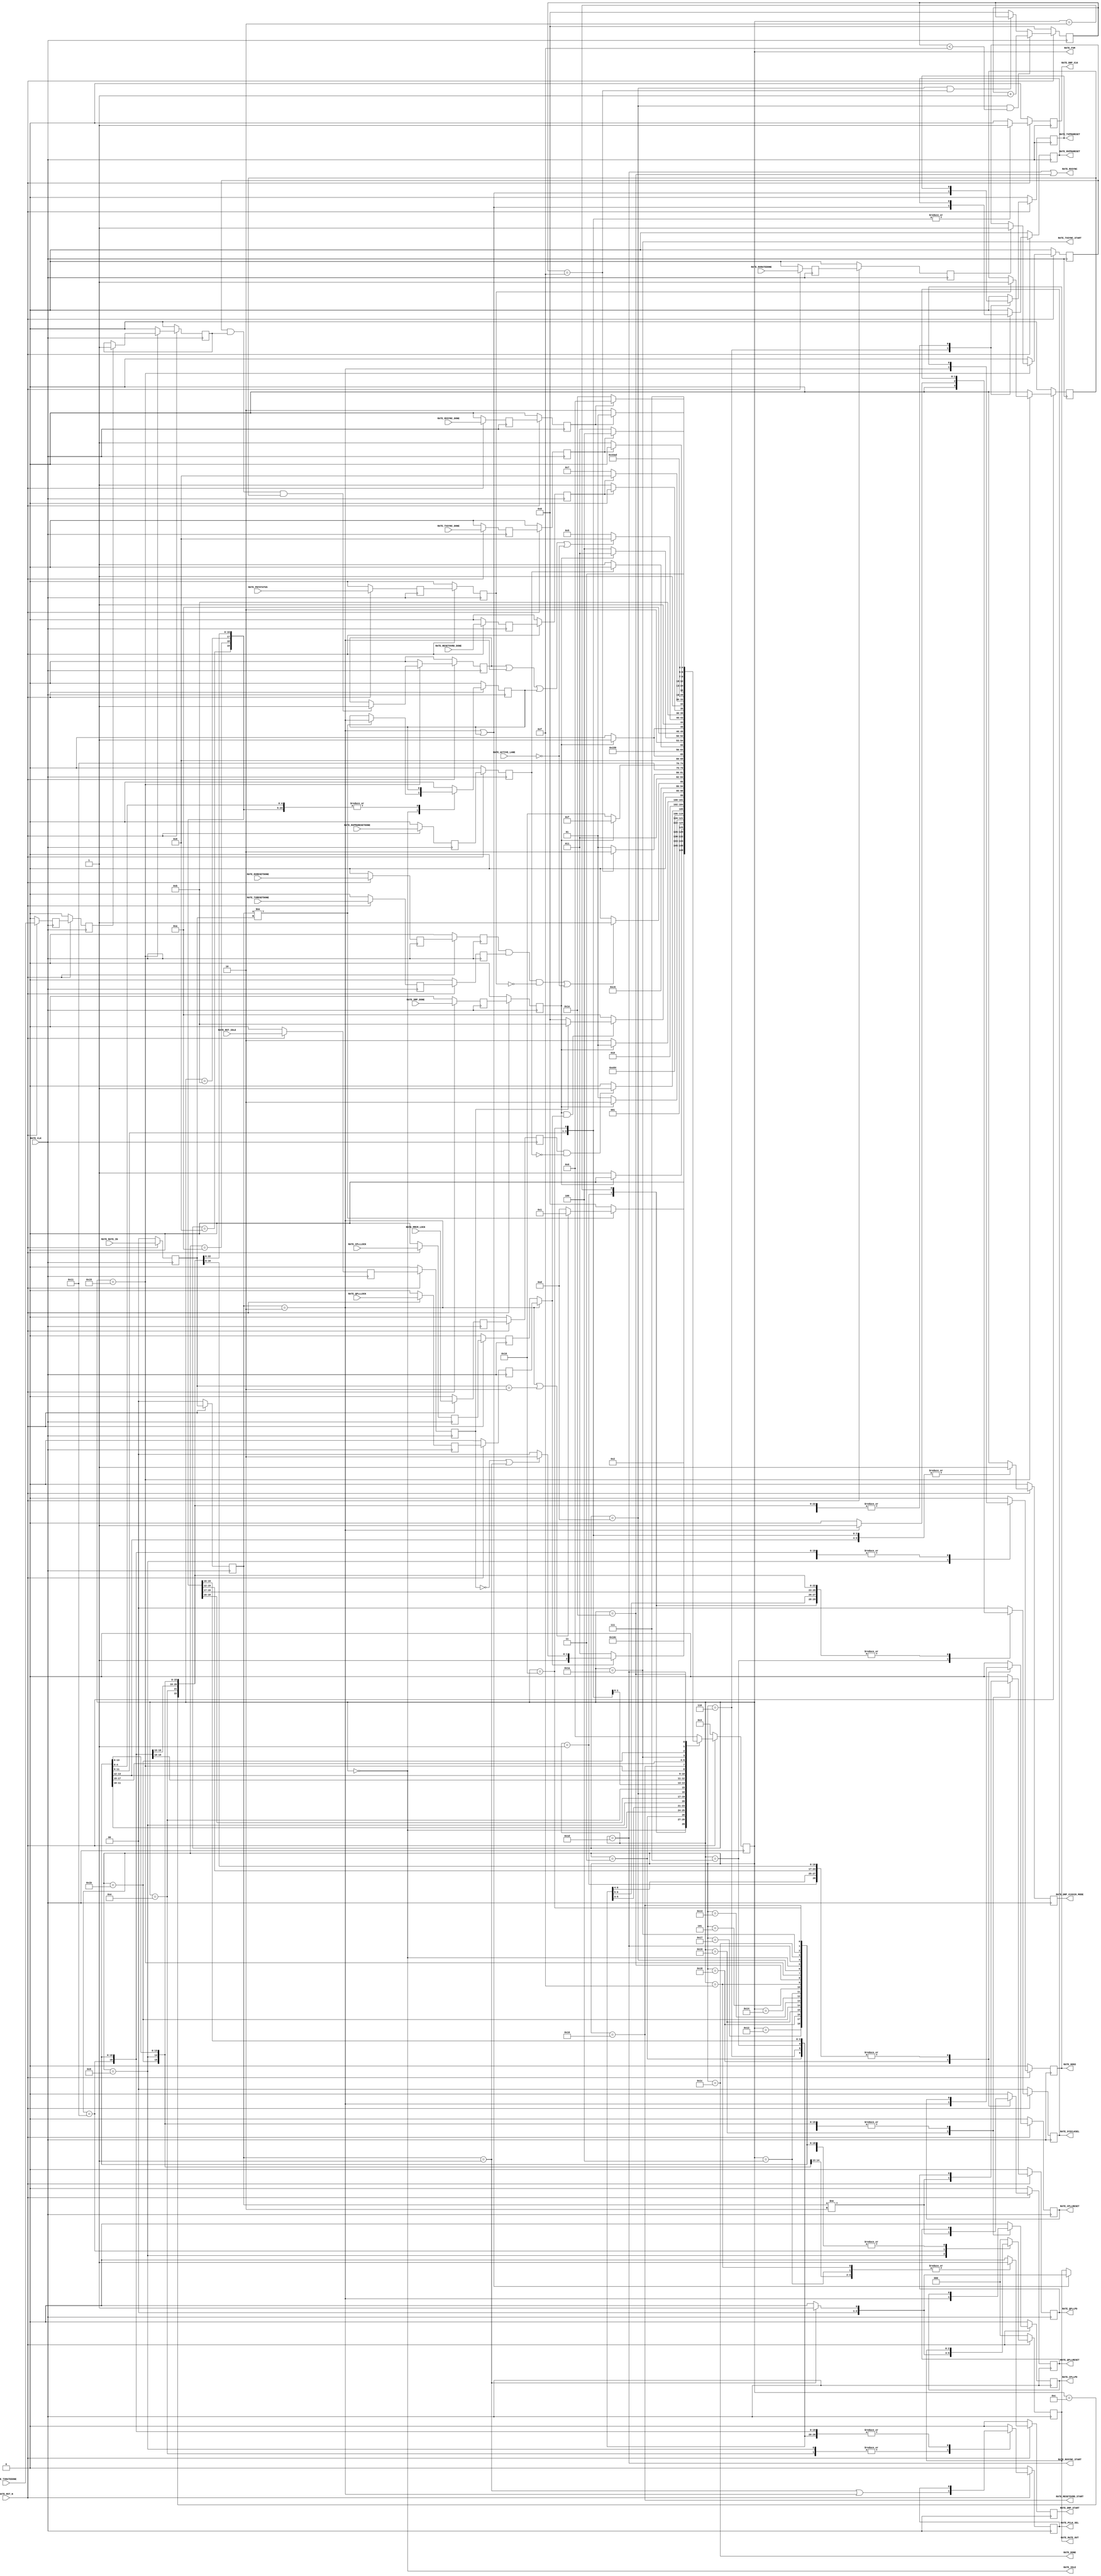

//-----------------------------------------------------------------------------
//
// (c) Copyright 2020-2024 Advanced Micro Devices, Inc. All rights reserved.
//
// This file contains confidential and proprietary information
// of AMD and is protected under U.S. and
// international copyright and other intellectual property
// laws.
//
// DISCLAIMER
// This disclaimer is not a license and does not grant any
// rights to the materials distributed herewith. Except as
// otherwise provided in a valid license issued to you by
// AMD, and to the maximum extent permitted by applicable
// law: (1) THESE MATERIALS ARE MADE AVAILABLE "AS IS" AND
// WITH ALL FAULTS, AND AMD HEREBY DISCLAIMS ALL WARRANTIES
// AND CONDITIONS, EXPRESS, IMPLIED, OR STATUTORY, INCLUDING
// BUT NOT LIMITED TO WARRANTIES OF MERCHANTABILITY, NON-
// INFRINGEMENT, OR FITNESS FOR ANY PARTICULAR PURPOSE; and
// (2) AMD shall not be liable (whether in contract or tort,
// including negligence, or under any other theory of
// liability) for any loss or damage of any kind or nature
// related to, arising under or in connection with these
// materials, including for any direct, or any indirect,
// special, incidental, or consequential loss or damage
// (including loss of data, profits, goodwill, or any type of
// loss or damage suffered as a result of any action brought
// by a third party) even if such damage or loss was
// reasonably foreseeable or AMD had been advised of the
// possibility of the same.
//
// CRITICAL APPLICATIONS
// AMD products are not designed or intended to be fail-
// safe, or for use in any application requiring fail-safe
// performance, such as life-support or safety devices or
// systems, Class III medical devices, nuclear facilities,
// applications related to the deployment of airbags, or any
// other applications that could lead to death, personal
// injury, or severe property or environmental damage
// (individually and collectively, "Critical
// Applications"). Customer assumes the sole risk and
// liability of any use of AMD products in Critical
// Applications, subject only to applicable laws and
// regulations governing limitations on product liability.
//
// THIS COPYRIGHT NOTICE AND DISCLAIMER MUST BE RETAINED AS
// PART OF THIS FILE AT ALL TIMES.
//
//-----------------------------------------------------------------------------
// Project    : Series-7 Integrated Block for PCI Express
// Version    : 3.3
//------------------------------------------------------------------------------
//  Description  :  PIPE Rate Module for 7 Series Transceiver
//  Version      :  20.1
//------------------------------------------------------------------------------



`timescale 1ns / 1ps



//---------- PIPE Rate Module --------------------------------------------------
(* DowngradeIPIdentifiedWarnings = "yes" *)
module pcie_7x_0_pipe_rate #
(

    parameter PCIE_SIM_SPEEDUP  = "FALSE",                  // PCIe sim speedup
    parameter PCIE_GT_DEVICE    = "GTX",                    // PCIe GT device
    parameter PCIE_USE_MODE     = "3.0",                    // PCIe use mode
    parameter PCIE_PLL_SEL      = "CPLL",                   // PCIe PLL select for Gen1/Gen2 only
    parameter PCIE_POWER_SAVING = "TRUE",                   // PCIe power saving
    parameter PCIE_ASYNC_EN     = "FALSE",                  // PCIe async enable
    parameter PCIE_TXBUF_EN     = "FALSE",                  // PCIe TX buffer enable for Gen1/Gen2 only
    parameter PCIE_RXBUF_EN     = "TRUE",                   // PCIe RX buffer enable for Gen3      only
    parameter TXDATA_WAIT_MAX   = 4'd15                     // TXDATA wait max

)

(

    //---------- Input -------------------------------------
    input               RATE_CLK,
    input               RATE_RST_N,
    input               RATE_RST_IDLE,
    input               RATE_ACTIVE_LANE,
    input       [ 1:0]  RATE_RATE_IN,
    input               RATE_CPLLLOCK,
    input               RATE_QPLLLOCK,
    input               RATE_MMCM_LOCK,
    input               RATE_DRP_DONE,
    input               RATE_RXPMARESETDONE,
    input               RATE_TXRESETDONE,
    input               RATE_RXRESETDONE,
    input               RATE_TXRATEDONE,
    input               RATE_RXRATEDONE,
    input               RATE_PHYSTATUS,
    input               RATE_RESETOVRD_DONE,
    input               RATE_TXSYNC_DONE,
    input               RATE_RXSYNC_DONE,
    
    //---------- Output ------------------------------------
    output              RATE_CPLLPD,
    output              RATE_QPLLPD,
    output              RATE_CPLLRESET,
    output              RATE_QPLLRESET,
    output              RATE_TXPMARESET,
    output              RATE_RXPMARESET,
    output              RATE_DRP_START,
    output      [ 1:0]  RATE_SYSCLKSEL,
    output              RATE_PCLK_SEL,
    output              RATE_GEN3,
    output              RATE_DRP_X16X20_MODE,
    output              RATE_DRP_X16,
    output      [ 2:0]  RATE_RATE_OUT,
    output              RATE_RESETOVRD_START,
    output              RATE_TXSYNC_START,
    output              RATE_DONE,
    output              RATE_RXSYNC_START,
    output              RATE_RXSYNC,
    output              RATE_IDLE,
    output      [ 4:0]  RATE_FSM

);

    //---------- Input FF or Buffer ------------------------
(* ASYNC_REG = "TRUE", SHIFT_EXTRACT = "NO" *)    reg                 rst_idle_reg1;
(* ASYNC_REG = "TRUE", SHIFT_EXTRACT = "NO" *)    reg         [ 1:0]  rate_in_reg1;
(* ASYNC_REG = "TRUE", SHIFT_EXTRACT = "NO" *)    reg                 cplllock_reg1;
(* ASYNC_REG = "TRUE", SHIFT_EXTRACT = "NO" *)    reg                 qplllock_reg1;
(* ASYNC_REG = "TRUE", SHIFT_EXTRACT = "NO" *)    reg                 mmcm_lock_reg1;
(* ASYNC_REG = "TRUE", SHIFT_EXTRACT = "NO" *)    reg                 drp_done_reg1;
(* ASYNC_REG = "TRUE", SHIFT_EXTRACT = "NO" *)    reg                 rxpmaresetdone_reg1;
(* ASYNC_REG = "TRUE", SHIFT_EXTRACT = "NO" *)    reg                 txresetdone_reg1;
(* ASYNC_REG = "TRUE", SHIFT_EXTRACT = "NO" *)    reg                 rxresetdone_reg1;
(* ASYNC_REG = "TRUE", SHIFT_EXTRACT = "NO" *)    reg                 txratedone_reg1;
(* ASYNC_REG = "TRUE", SHIFT_EXTRACT = "NO" *)    reg                 rxratedone_reg1;
(* ASYNC_REG = "TRUE", SHIFT_EXTRACT = "NO" *)    reg                 phystatus_reg1;
(* ASYNC_REG = "TRUE", SHIFT_EXTRACT = "NO" *)    reg                 resetovrd_done_reg1;
(* ASYNC_REG = "TRUE", SHIFT_EXTRACT = "NO" *)    reg                 txsync_done_reg1;
(* ASYNC_REG = "TRUE", SHIFT_EXTRACT = "NO" *)    reg                 rxsync_done_reg1;
    
(* ASYNC_REG = "TRUE", SHIFT_EXTRACT = "NO" *)    reg                 rst_idle_reg2;
(* ASYNC_REG = "TRUE", SHIFT_EXTRACT = "NO" *)    reg         [ 1:0]  rate_in_reg2;
(* ASYNC_REG = "TRUE", SHIFT_EXTRACT = "NO" *)    reg                 cplllock_reg2;
(* ASYNC_REG = "TRUE", SHIFT_EXTRACT = "NO" *)    reg                 qplllock_reg2;
(* ASYNC_REG = "TRUE", SHIFT_EXTRACT = "NO" *)    reg                 mmcm_lock_reg2;
(* ASYNC_REG = "TRUE", SHIFT_EXTRACT = "NO" *)    reg                 drp_done_reg2;
(* ASYNC_REG = "TRUE", SHIFT_EXTRACT = "NO" *)    reg                 rxpmaresetdone_reg2;
(* ASYNC_REG = "TRUE", SHIFT_EXTRACT = "NO" *)    reg                 txresetdone_reg2;
(* ASYNC_REG = "TRUE", SHIFT_EXTRACT = "NO" *)    reg                 rxresetdone_reg2;
(* ASYNC_REG = "TRUE", SHIFT_EXTRACT = "NO" *)    reg                 txratedone_reg2;
(* ASYNC_REG = "TRUE", SHIFT_EXTRACT = "NO" *)    reg                 rxratedone_reg2;
(* ASYNC_REG = "TRUE", SHIFT_EXTRACT = "NO" *)    reg                 phystatus_reg2;
(* ASYNC_REG = "TRUE", SHIFT_EXTRACT = "NO" *)    reg                 resetovrd_done_reg2;
(* ASYNC_REG = "TRUE", SHIFT_EXTRACT = "NO" *)    reg                 txsync_done_reg2;
(* ASYNC_REG = "TRUE", SHIFT_EXTRACT = "NO" *)    reg                 rxsync_done_reg2;
    
    //---------- Internal Signals --------------------------
    wire                pll_lock;
    wire        [ 2:0]  rate;
    reg         [ 3:0]  txdata_wait_cnt = 4'd0;
    reg                 txratedone      = 1'd0;
    reg                 rxratedone      = 1'd0;
    reg                 phystatus       = 1'd0;
    reg                 ratedone        = 1'd0;
    reg                 gen3_exit       = 1'd0;
    
    //---------- Output FF or Buffer -----------------------
    reg                 cpllpd     =  1'd0;
    reg                 qpllpd     =  1'd0;
    reg                 cpllreset  =  1'd0;
    reg                 qpllreset  =  1'd0;
    reg                 txpmareset =  1'd0;
    reg                 rxpmareset =  1'd0;
    reg         [ 1:0]  sysclksel  = (PCIE_PLL_SEL == "QPLL") ? 2'd1 : 2'd0;  
    reg                 gen3       =  1'd0;
    reg                 pclk_sel   =  1'd0; 
    reg         [ 2:0]  rate_out   =  3'd0; 
    reg                 drp_start       = 1'd0;
    reg                 drp_x16x20_mode = 1'd0;
    reg                 drp_x16         = 1'd0;
    reg         [4:0]   fsm             = 0;                 
   
    //---------- FSM ---------------------------------------        
    localparam          FSM_IDLE               = 0;
    localparam          FSM_PLL_PU             = 1; // Gen 3 only
    localparam          FSM_PLL_PURESET        = 2; // Gen 3 only
    localparam          FSM_PLL_LOCK           = 3; // Gen 3 or reset only
    localparam          FSM_DRP_X16_GEN3_START = 4;
    localparam          FSM_DRP_X16_GEN3_DONE  = 5;
    localparam          FSM_PMARESET_HOLD      = 6; // Gen 3 or reset only
    localparam          FSM_PLL_SEL            = 7; // Gen 3 or reset only
    localparam          FSM_MMCM_LOCK          = 8; // Gen 3 or reset only
    localparam          FSM_DRP_START          = 9; // Gen 3 or reset only
    localparam          FSM_DRP_DONE           = 10; // Gen 3 or reset only
    localparam          FSM_PMARESET_RELEASE   = 11; // Gen 3 only
    localparam          FSM_PMARESET_DONE      = 12; // Gen 3 only
    localparam          FSM_TXDATA_WAIT        = 13;
    localparam          FSM_PCLK_SEL           = 14;
    localparam          FSM_DRP_X16_START      = 15;
    localparam          FSM_DRP_X16_DONE       = 16;
    localparam          FSM_RATE_SEL           = 17;
    localparam          FSM_RXPMARESETDONE     = 18;
    localparam          FSM_DRP_X20_START      = 19;
    localparam          FSM_DRP_X20_DONE       = 20;
    localparam          FSM_RATE_DONE          = 21;
    localparam          FSM_RESETOVRD_START    = 22; // PCIe use mode 1.0 only
    localparam          FSM_RESETOVRD_DONE     = 23; // PCIe use mode 1.0 only
    localparam          FSM_PLL_PDRESET        = 24;
    localparam          FSM_PLL_PD             = 25;
    localparam          FSM_TXSYNC_START       = 26;
    localparam          FSM_TXSYNC_DONE        = 27;
    localparam          FSM_DONE               = 28; // Must sync value to pipe_user.v
    localparam          FSM_RXSYNC_START       = 29; // Gen 3 only
    localparam          FSM_RXSYNC_DONE        = 30; // Gen 3 only                                 
    
    
    
//---------- Input FF ----------------------------------------------------------
always @ (posedge RATE_CLK)
begin

    if (!RATE_RST_N)
        begin    
        //---------- 1st Stage FF -------------------------- 
        rst_idle_reg1       <= 1'd0;   
        rate_in_reg1        <= 2'd0;
        cplllock_reg1       <= 1'd0;
        qplllock_reg1       <= 1'd0;
        mmcm_lock_reg1      <= 1'd0;
        drp_done_reg1       <= 1'd0;
        rxpmaresetdone_reg1 <= 1'd0;
        txresetdone_reg1    <= 1'd0;
        rxresetdone_reg1    <= 1'd0;
        txratedone_reg1     <= 1'd0;
        rxratedone_reg1     <= 1'd0;
        phystatus_reg1      <= 1'd0;
        resetovrd_done_reg1 <= 1'd0; 
        txsync_done_reg1    <= 1'd0;
        rxsync_done_reg1    <= 1'd0;
        //---------- 2nd Stage FF --------------------------
        rst_idle_reg2       <= 1'd0;
        rate_in_reg2        <= 2'd0;
        cplllock_reg2       <= 1'd0;
        qplllock_reg2       <= 1'd0;
        mmcm_lock_reg2      <= 1'd0;
        drp_done_reg2       <= 1'd0;
        rxpmaresetdone_reg2 <= 1'd0;
        txresetdone_reg2    <= 1'd0;
        rxresetdone_reg2    <= 1'd0;
        txratedone_reg2     <= 1'd0;
        rxratedone_reg2     <= 1'd0;
        phystatus_reg2      <= 1'd0;
        resetovrd_done_reg2 <= 1'd0;
        txsync_done_reg2    <= 1'd0;
        rxsync_done_reg2    <= 1'd0;
        end
    else
        begin  
        //---------- 1st Stage FF --------------------------
        rst_idle_reg1       <= RATE_RST_IDLE;
        rate_in_reg1        <= RATE_RATE_IN;
        cplllock_reg1       <= RATE_CPLLLOCK;
        qplllock_reg1       <= RATE_QPLLLOCK;
        mmcm_lock_reg1      <= RATE_MMCM_LOCK;
        drp_done_reg1       <= RATE_DRP_DONE;
        rxpmaresetdone_reg1 <= RATE_RXPMARESETDONE;
        txresetdone_reg1    <= RATE_TXRESETDONE;
        rxresetdone_reg1    <= RATE_RXRESETDONE;
        txratedone_reg1     <= RATE_TXRATEDONE;
        rxratedone_reg1     <= RATE_RXRATEDONE;
        phystatus_reg1      <= RATE_PHYSTATUS;
        resetovrd_done_reg1 <= RATE_RESETOVRD_DONE;
        txsync_done_reg1    <= RATE_TXSYNC_DONE;
        rxsync_done_reg1    <= RATE_RXSYNC_DONE;
        //---------- 2nd Stage FF --------------------------
        rst_idle_reg2       <= rst_idle_reg1;
        rate_in_reg2        <= rate_in_reg1;
        cplllock_reg2       <= cplllock_reg1;
        qplllock_reg2       <= qplllock_reg1;
        mmcm_lock_reg2      <= mmcm_lock_reg1;
        drp_done_reg2       <= drp_done_reg1;
        rxpmaresetdone_reg2 <= rxpmaresetdone_reg1;
        txresetdone_reg2    <= txresetdone_reg1;
        rxresetdone_reg2    <= rxresetdone_reg1;
        txratedone_reg2     <= txratedone_reg1;
        rxratedone_reg2     <= rxratedone_reg1;
        phystatus_reg2      <= phystatus_reg1;
        resetovrd_done_reg2 <= resetovrd_done_reg1;
        txsync_done_reg2    <= txsync_done_reg1;   
        rxsync_done_reg2    <= rxsync_done_reg1; 
        end
        
end    



//---------- Select CPLL or QPLL Lock ------------------------------------------
//  Gen1 : Wait for QPLL lock if QPLL is used for Gen1/Gen2, else wait for CPLL lock 
//  Gen2 : Wait for QPLL lock if QPLL is used for Gen1/Gen2, else wait for CPLL lock
//  Gen3 : Wait for QPLL lock
//------------------------------------------------------------------------------
assign pll_lock = (rate_in_reg2 == 2'd2) || (PCIE_PLL_SEL == "QPLL") ? qplllock_reg2 : cplllock_reg2;



//---------- Select Rate -------------------------------------------------------
//  Gen1 : Div 4 using [TX/RX]OUT_DIV = 4 if QPLL is used for Gen1/Gen2, else div 2 using [TX/RX]OUT_DIV = 2
//  Gen2 : Div 2 using [TX/RX]RATE = 3'd2 if QPLL is used for Gen1/Gen2, else div 1 using [TX/RX]RATE = 3'd1
//  Gen3 : Div 1 using [TX/RX]OUT_DIV = 1
//------------------------------------------------------------------------------
assign rate = (rate_in_reg2 == 2'd1) && (PCIE_PLL_SEL == "QPLL") ? 3'd2 : 
              (rate_in_reg2 == 2'd1) && (PCIE_PLL_SEL == "CPLL") ? 3'd1 : 3'd0;



//---------- TXDATA Wait Counter -----------------------------------------------
always @ (posedge RATE_CLK)
begin

    if (!RATE_RST_N)
        txdata_wait_cnt <= 4'd0;
    else
    
        //---------- Increment Wait Counter ----------------
        if ((fsm == FSM_TXDATA_WAIT) && (txdata_wait_cnt < TXDATA_WAIT_MAX))
            txdata_wait_cnt <= txdata_wait_cnt + 4'd1;
            
        //---------- Hold Wait Counter ---------------------
        else if ((fsm == FSM_TXDATA_WAIT) && (txdata_wait_cnt == TXDATA_WAIT_MAX))
            txdata_wait_cnt <= txdata_wait_cnt;
            
        //---------- Reset Wait Counter --------------------
        else
            txdata_wait_cnt <= 4'd0;
        
end 



//---------- Latch TXRATEDONE, RXRATEDONE, and PHYSTATUS -----------------------
always @ (posedge RATE_CLK)
begin

    if (!RATE_RST_N)
        begin   
        txratedone <= 1'd0;
        rxratedone <= 1'd0; 
        phystatus  <= 1'd0;
        ratedone   <= 1'd0;
        end
    else
        begin  

        if (fsm == FSM_RATE_DONE)
        
            begin
            
            //---------- Latch TXRATEDONE ------------------
            if (txratedone_reg2)
                txratedone <= 1'd1; 
            else
                txratedone <= txratedone;
 
            //---------- Latch RXRATEDONE ------------------
            if (rxratedone_reg2)
                rxratedone <= 1'd1; 
            else
                rxratedone <= rxratedone;
  
            //---------- Latch PHYSTATUS -------------------
            if (phystatus_reg2)
                phystatus <= 1'd1; 
            else
                phystatus <= phystatus;
  
            //---------- Latch Rate Done -------------------
            if (rxratedone && txratedone && phystatus)
                ratedone <= 1'd1; 
            else
                ratedone <= ratedone;
  
            end
  
        else 
        
            begin
            txratedone <= 1'd0;
            rxratedone <= 1'd0;
            phystatus  <= 1'd0;
            ratedone   <= 1'd0;
            end
        
        end
        
end    



//---------- PIPE Rate FSM -----------------------------------------------------
always @ (posedge RATE_CLK)
begin

    if (!RATE_RST_N)
        begin
        fsm        <= FSM_PLL_LOCK;
        gen3_exit  <= 1'd0;
        cpllpd     <= 1'd0;
        qpllpd     <= 1'd0;
        cpllreset  <= 1'd0;
        qpllreset  <= 1'd0;
        txpmareset <= 1'd0;
        rxpmareset <= 1'd0;
        sysclksel  <= (PCIE_PLL_SEL == "QPLL") ? 2'd1 : 2'd0;                               
        pclk_sel   <= 1'd0; 
        gen3       <= 1'd0;
        rate_out   <= 3'd0;  
        drp_start       <= 1'd0;
        drp_x16x20_mode <= 1'd0;  
        drp_x16         <= 1'd0;                          
        end
    else
        begin
        
        case (fsm)
            
        //---------- Idle State ----------------------------
        FSM_IDLE :
        
            begin
            //---------- Detect Rate Change ----------------
            if (rate_in_reg2 != rate_in_reg1)
                begin
                fsm        <= ((rate_in_reg2 == 2'd2) || (rate_in_reg1 == 2'd2)) ? FSM_PLL_PU : FSM_TXDATA_WAIT;
                gen3_exit  <= (rate_in_reg2 == 2'd2); 
                cpllpd     <= cpllpd;
                qpllpd     <= qpllpd;
                cpllreset  <= cpllreset;
                qpllreset  <= qpllreset;
                txpmareset <= txpmareset;
                rxpmareset <= rxpmareset;
                sysclksel  <= sysclksel;
                pclk_sel   <= pclk_sel;
                gen3       <= gen3;
                rate_out   <= rate_out;
                drp_start       <= 1'd0;
                drp_x16x20_mode <= 1'd0;
                drp_x16         <= 1'd0;    
                end
            else
                begin
                fsm        <= FSM_IDLE;
                gen3_exit  <= gen3_exit;
                cpllpd     <= cpllpd;
                qpllpd     <= qpllpd;
                cpllreset  <= cpllreset;
                qpllreset  <= qpllreset;
                txpmareset <= txpmareset;
                rxpmareset <= rxpmareset;
                sysclksel  <= sysclksel;
                pclk_sel   <= pclk_sel;
                gen3       <= gen3;
                rate_out   <= rate_out;
                drp_start       <= 1'd0;
                drp_x16x20_mode <= 1'd0;
                drp_x16         <= 1'd0;    
                end
            end 
            
        //---------- Power-up PLL --------------------------
        FSM_PLL_PU :
        
            begin
            fsm        <= FSM_PLL_PURESET;
            gen3_exit  <= gen3_exit;
            cpllpd     <= (PCIE_PLL_SEL == "QPLL");
            qpllpd     <= 1'd0;
            cpllreset  <= cpllreset;
            qpllreset  <= qpllreset;
            txpmareset <= txpmareset;
            rxpmareset <= rxpmareset;
            sysclksel  <= sysclksel;
            pclk_sel   <= pclk_sel;
            gen3       <= gen3;
            rate_out   <= rate_out;
            drp_start       <= 1'd0;
            drp_x16x20_mode <= 1'd0;
            drp_x16         <= 1'd0;    
            end  
            
        //---------- Release PLL Resets --------------------
        FSM_PLL_PURESET :
        
            begin
            fsm        <= FSM_PLL_LOCK;
            gen3_exit  <= gen3_exit;
            cpllpd     <= cpllpd;
            qpllpd     <= qpllpd;
            cpllreset  <= (PCIE_PLL_SEL == "QPLL");
            qpllreset  <= 1'd0;
            txpmareset <= txpmareset;
            rxpmareset <= rxpmareset;
            sysclksel  <= sysclksel;
            pclk_sel   <= pclk_sel;
            gen3       <= gen3;
            rate_out   <= rate_out;
            drp_start       <= 1'd0;
            drp_x16x20_mode <= 1'd0;
            drp_x16         <= 1'd0;    
            end 

        //---------- Wait for PLL Lock ---------------------
        FSM_PLL_LOCK :
        
            begin
            fsm        <= (pll_lock ? ((!rst_idle_reg2 || (rate_in_reg2 == 2'd1)) ? FSM_PMARESET_HOLD : FSM_DRP_X16_GEN3_START) : FSM_PLL_LOCK);  
            gen3_exit  <= gen3_exit;
            cpllpd     <= cpllpd;
            qpllpd     <= qpllpd;
            cpllreset  <= cpllreset;
            qpllreset  <= qpllreset;
            txpmareset <= txpmareset;
            rxpmareset <= rxpmareset;
            sysclksel  <= sysclksel;
            pclk_sel   <= pclk_sel;
            gen3       <= gen3;
            rate_out   <= rate_out;
            drp_start       <= 1'd0;
            drp_x16x20_mode <= 1'd0;
            drp_x16         <= 1'd0;    
            end

        //---------- Start DRP x16 -------------------------
        FSM_DRP_X16_GEN3_START :
            
            begin
            fsm        <= (!drp_done_reg2) ? FSM_DRP_X16_GEN3_DONE : FSM_DRP_X16_GEN3_START;
            gen3_exit  <= gen3_exit;
            cpllpd     <= cpllpd;
            qpllpd     <= qpllpd;
            cpllreset  <= cpllreset;
            qpllreset  <= qpllreset;
            txpmareset <= txpmareset;
            rxpmareset <= rxpmareset;
            sysclksel  <= sysclksel;
            pclk_sel   <= pclk_sel;
            gen3       <= gen3;
            rate_out   <= rate_out;
            drp_start       <= 1'd1;
            drp_x16x20_mode <= 1'd1;
            drp_x16         <= 1'd1;    
            end
            
        //---------- Wait for DRP x16 Done -----------------    
        FSM_DRP_X16_GEN3_DONE :
        
            begin  
            fsm        <= drp_done_reg2 ? FSM_PMARESET_HOLD : FSM_DRP_X16_GEN3_DONE;
            gen3_exit  <= gen3_exit;
            cpllpd     <= cpllpd;
            qpllpd     <= qpllpd;
            cpllreset  <= cpllreset;
            qpllreset  <= qpllreset;
            txpmareset <= txpmareset;
            rxpmareset <= rxpmareset;
            sysclksel  <= sysclksel;
            pclk_sel   <= pclk_sel;
            gen3       <= gen3;
            rate_out   <= rate_out;
            drp_start       <= 1'd0;
            drp_x16x20_mode <= 1'd1;
            drp_x16         <= 1'd1;    
            end  

        //---------- Hold both PMA in Reset ----------------
        //  Gen1 : Release PMA Reset
        //  Gen2 : Release PMA Reset
        //  Gen3 : Hold PMA Reset
        //--------------------------------------------------
        FSM_PMARESET_HOLD :
        
            begin
            fsm        <= FSM_PLL_SEL;
            gen3_exit  <= gen3_exit;
            cpllpd     <= cpllpd;
            qpllpd     <= qpllpd;
            cpllreset  <= cpllreset;
            qpllreset  <= qpllreset;
            txpmareset <= ((rate_in_reg2 == 2'd2) || gen3_exit);
            rxpmareset <= ((rate_in_reg2 == 2'd2) || gen3_exit);
            sysclksel  <= sysclksel;
            pclk_sel   <= pclk_sel;
            gen3       <= gen3;
            rate_out   <= rate_out;
            drp_start       <= 1'd0;
            drp_x16x20_mode <= 1'd0;
            drp_x16         <= 1'd0;    
            end

        //---------- Select PLL ----------------------------
        //  Gen1 : QPLL if PCIE_PLL_SEL = QPLL, else CPLL
        //  Gen2 : QPLL if PCIE_PLL_SEL = QPLL, else CPLL
        //  Gen3 : QPLL
        //--------------------------------------------------
        FSM_PLL_SEL :
        
            begin
            fsm        <= FSM_MMCM_LOCK;    
            gen3_exit  <= gen3_exit;
            cpllpd     <= cpllpd;
            qpllpd     <= qpllpd;
            cpllreset  <= cpllreset;
            qpllreset  <= qpllreset;
            txpmareset <= txpmareset;
            rxpmareset <= rxpmareset;
            sysclksel  <= ((rate_in_reg2 == 2'd2) || (PCIE_PLL_SEL == "QPLL")) ? 2'd1 : 2'd0;                          
            pclk_sel   <= pclk_sel;
            gen3       <= gen3;
            rate_out   <= rate_out;
            drp_start       <= 1'd0;
            drp_x16x20_mode <= 1'd0;
            drp_x16         <= 1'd0;    
            end

        //---------- Check for MMCM Lock -------------------
        FSM_MMCM_LOCK :
        
            begin
            fsm        <= (mmcm_lock_reg2 && !rxpmaresetdone_reg2 ? FSM_DRP_START : FSM_MMCM_LOCK);  
            gen3_exit  <= gen3_exit;
            cpllpd     <= cpllpd;
            qpllpd     <= qpllpd;
            cpllreset  <= cpllreset;
            qpllreset  <= qpllreset;
            txpmareset <= txpmareset;
            rxpmareset <= rxpmareset;
            sysclksel  <= sysclksel;
            pclk_sel   <= pclk_sel;
            gen3       <= gen3;
            rate_out   <= rate_out;
            drp_start       <= 1'd0;
            drp_x16x20_mode <= 1'd0;
            drp_x16         <= 1'd0;    
            end

        //---------- Start DRP -----------------------------
        FSM_DRP_START:
        
            begin
            fsm        <= (!drp_done_reg2 ? FSM_DRP_DONE : FSM_DRP_START);
            gen3_exit  <= gen3_exit;
            cpllpd     <= cpllpd;
            qpllpd     <= qpllpd;
            cpllreset  <= cpllreset;
            qpllreset  <= qpllreset;
            txpmareset <= txpmareset;
            rxpmareset <= rxpmareset;
            sysclksel  <= sysclksel;
            pclk_sel   <= ((rate_in_reg2 == 2'd1) || (rate_in_reg2 == 2'd2));
            gen3       <= (rate_in_reg2 == 2'd2);  
            rate_out   <= (((rate_in_reg2 == 2'd2) || gen3_exit) ? rate : rate_out);  
            drp_start       <= 1'd1;
            drp_x16x20_mode <= 1'd0;  
            drp_x16         <= 1'd0;                     
            end

        //---------- Wait for DRP Done ---------------------
        FSM_DRP_DONE :
        
            begin
            fsm        <= ((drp_done_reg2 && pll_lock) ? (rst_idle_reg2 ? FSM_PMARESET_RELEASE : FSM_IDLE): FSM_DRP_DONE);
            gen3_exit  <= gen3_exit;
            cpllpd     <= cpllpd;
            qpllpd     <= qpllpd;
            cpllreset  <= cpllreset;
            qpllreset  <= qpllreset;
            txpmareset <= txpmareset;
            rxpmareset <= rxpmareset;
            sysclksel  <= sysclksel;
            pclk_sel   <= pclk_sel;
            gen3       <= gen3;
            rate_out   <= rate_out;
            drp_start       <= 1'd0;
            drp_x16x20_mode <= 1'd0;
            drp_x16         <= 1'd0;    
            end 

        //---------- Release PMA Resets --------------------
        FSM_PMARESET_RELEASE :
        
            begin
            fsm        <= FSM_PMARESET_DONE;
            gen3_exit  <= gen3_exit;
            cpllpd     <= cpllpd;
            qpllpd     <= qpllpd;
            cpllreset  <= cpllreset;
            qpllreset  <= qpllreset;
            txpmareset <= 1'd0;
            rxpmareset <= 1'd0;
            sysclksel  <= sysclksel;
            pclk_sel   <= pclk_sel;
            gen3       <= gen3;
            rate_out   <= rate_out;
            drp_start       <= 1'd0;
            drp_x16x20_mode <= 1'd0;
            drp_x16         <= 1'd0;    
            end

        //---------- Wait for both TX/RX PMA Reset Dones and PHYSTATUS Deassertion
        FSM_PMARESET_DONE :
        
            begin
            fsm        <= (((rxresetdone_reg2 && txresetdone_reg2 && !phystatus_reg2) || !RATE_ACTIVE_LANE) ? FSM_TXDATA_WAIT : FSM_PMARESET_DONE); 
            gen3_exit  <= gen3_exit;
            cpllpd     <= cpllpd;
            qpllpd     <= qpllpd;
            cpllreset  <= cpllreset;
            qpllreset  <= qpllreset;
            txpmareset <= txpmareset;
            rxpmareset <= rxpmareset;
            sysclksel  <= sysclksel;
            pclk_sel   <= pclk_sel;
            gen3       <= gen3;
            rate_out   <= rate_out;
            drp_start       <= 1'd0;
            drp_x16x20_mode <= 1'd0;
            drp_x16         <= 1'd0;    
            end

        //---------- Wait for TXDATA to TX[P/N] Latency ----
        FSM_TXDATA_WAIT :
        
            begin
            fsm        <= (txdata_wait_cnt == TXDATA_WAIT_MAX) ? FSM_PCLK_SEL : FSM_TXDATA_WAIT;
            gen3_exit  <= gen3_exit;
            cpllpd     <= cpllpd;
            qpllpd     <= qpllpd;
            cpllreset  <= cpllreset;
            qpllreset  <= qpllreset;
            txpmareset <= txpmareset;
            rxpmareset <= rxpmareset;
            sysclksel  <= sysclksel;
            pclk_sel   <= pclk_sel;
            gen3       <= gen3;
            rate_out   <= rate_out;
            drp_start       <= 1'd0;
            drp_x16x20_mode <= 1'd0;
            drp_x16         <= 1'd0;    
            end 

        //---------- Select PCLK Frequency -----------------
        //  Gen1 : PCLK = 125 MHz
        //  Gen2 : PCLK = 250 MHz
        //  Gen3 : PCLK = 250 MHz
        //--------------------------------------------------
        FSM_PCLK_SEL :
        
            begin
            fsm        <= ((PCIE_GT_DEVICE == "GTH") && ((rate_in_reg2 == 2'd1) || ((!gen3_exit) && (rate_in_reg2 == 2'd0)))) ? FSM_DRP_X16_START : FSM_RATE_SEL; 
            gen3_exit  <= gen3_exit;
            cpllpd     <= cpllpd;
            qpllpd     <= qpllpd;
            cpllreset  <= cpllreset;
            qpllreset  <= qpllreset;
            txpmareset <= txpmareset;
            rxpmareset <= rxpmareset;
            sysclksel  <= sysclksel;
            pclk_sel   <= ((rate_in_reg2 == 2'd1) || (rate_in_reg2 == 2'd2));
            gen3       <= gen3;    
            rate_out   <= rate_out;
            drp_start       <= 1'd0;
            drp_x16x20_mode <= 1'd0;
            drp_x16         <= 1'd0;    
            end

        //---------- Start DRP x16 -------------------------
        FSM_DRP_X16_START :
            
            begin
            fsm        <= (!drp_done_reg2) ? FSM_DRP_X16_DONE : FSM_DRP_X16_START;
            gen3_exit  <= gen3_exit;
            cpllpd     <= cpllpd;
            qpllpd     <= qpllpd;
            cpllreset  <= cpllreset;
            qpllreset  <= qpllreset;
            txpmareset <= txpmareset;
            rxpmareset <= rxpmareset;
            sysclksel  <= sysclksel;
            pclk_sel   <= pclk_sel;
            gen3       <= gen3;
            rate_out   <= rate_out;
            drp_start       <= 1'd1;
            drp_x16x20_mode <= 1'd1;
            drp_x16         <= 1'd1;
            end
            
        //---------- Wait for DRP x16 Done -----------------    
        FSM_DRP_X16_DONE :
        
            begin  
            fsm        <= drp_done_reg2 ? FSM_RATE_SEL : FSM_DRP_X16_DONE;
            gen3_exit  <= gen3_exit;
            cpllpd     <= cpllpd;
            qpllpd     <= qpllpd;
            cpllreset  <= cpllreset;
            qpllreset  <= qpllreset;
            txpmareset <= txpmareset;
            rxpmareset <= rxpmareset;
            sysclksel  <= sysclksel;
            pclk_sel   <= pclk_sel;
            gen3       <= gen3;
            rate_out   <= rate_out;
            drp_start       <= 1'd0;
            drp_x16x20_mode <= 1'd1;
            drp_x16         <= 1'd1;
            end    

        //---------- Select Rate ---------------------------
        FSM_RATE_SEL :
        
            begin
            fsm        <= ((PCIE_GT_DEVICE == "GTH") && ((rate_in_reg2 == 2'd1) || ((!gen3_exit) && (rate_in_reg2 == 2'd0)))) ? FSM_RXPMARESETDONE : FSM_RATE_DONE;
            gen3_exit  <= gen3_exit;
            cpllpd     <= cpllpd;
            qpllpd     <= qpllpd;
            cpllreset  <= cpllreset;
            qpllreset  <= qpllreset;
            txpmareset <= txpmareset;
            rxpmareset <= rxpmareset;
            sysclksel  <= sysclksel;
            pclk_sel   <= pclk_sel;
            gen3       <= gen3;
            rate_out   <= rate;                             // Update [TX/RX]RATE
            drp_start       <= 1'd0;
            drp_x16x20_mode <= 1'd0;
            drp_x16         <= 1'd0;
            end    
            
        //---------- Wait for RXPMARESETDONE De-assertion --
        FSM_RXPMARESETDONE :
        
            begin
            fsm        <= (!rxpmaresetdone_reg2) ? FSM_DRP_X20_START : FSM_RXPMARESETDONE;  
            gen3_exit  <= gen3_exit;
            cpllpd     <= cpllpd;
            qpllpd     <= qpllpd;
            cpllreset  <= cpllreset;
            qpllreset  <= qpllreset;
            txpmareset <= txpmareset;
            rxpmareset <= rxpmareset;
            sysclksel  <= sysclksel;
            pclk_sel   <= pclk_sel;
            gen3       <= gen3;
            rate_out   <= rate_out;
            drp_start       <= 1'd0;
            drp_x16x20_mode <= 1'd0;
            drp_x16         <= 1'd0;
            end  
            
        //---------- Start DRP x20 -------------------------
        FSM_DRP_X20_START :
            
            begin
            fsm        <= (!drp_done_reg2) ? FSM_DRP_X20_DONE : FSM_DRP_X20_START;
            gen3_exit  <= gen3_exit;
            cpllpd     <= cpllpd;
            qpllpd     <= qpllpd;
            cpllreset  <= cpllreset;
            qpllreset  <= qpllreset;
            txpmareset <= txpmareset;
            rxpmareset <= rxpmareset;
            sysclksel  <= sysclksel;
            pclk_sel   <= pclk_sel;
            gen3       <= gen3;
            rate_out   <= rate_out;
            drp_start       <= 1'd1;
            drp_x16x20_mode <= 1'd1;
            drp_x16         <= 1'd0;
            end
            
        //---------- Wait for DRP x20 Done -----------------    
        FSM_DRP_X20_DONE :
        
            begin  
            fsm        <= drp_done_reg2 ? FSM_RATE_DONE : FSM_DRP_X20_DONE;
            gen3_exit  <= gen3_exit;
            cpllpd     <= cpllpd;
            qpllpd     <= qpllpd;
            cpllreset  <= cpllreset;
            qpllreset  <= qpllreset;
            txpmareset <= txpmareset;
            rxpmareset <= rxpmareset;
            sysclksel  <= sysclksel;
            pclk_sel   <= pclk_sel;
            gen3       <= gen3;
            rate_out   <= rate_out;
            drp_start       <= 1'd0;
            drp_x16x20_mode <= 1'd1;
            drp_x16         <= 1'd0;
            end       
            
        //---------- Wait for Rate Change Done ------------- 
        FSM_RATE_DONE :
        
            begin
            if (ratedone || (rate_in_reg2 == 2'd2) || (gen3_exit) || !RATE_ACTIVE_LANE) 
                if ((PCIE_USE_MODE == "1.0") && (rate_in_reg2 != 2'd2) && (!gen3_exit)) 
                    fsm <= FSM_RESETOVRD_START;
                else
                    fsm <= FSM_PLL_PDRESET;  
            else      
                fsm <= FSM_RATE_DONE;
            
            gen3_exit  <= gen3_exit;
            cpllpd     <= cpllpd;
            qpllpd     <= qpllpd;
            cpllreset  <= cpllreset;
            qpllreset  <= qpllreset;
            txpmareset <= txpmareset;
            rxpmareset <= rxpmareset;
            sysclksel  <= sysclksel;
            pclk_sel   <= pclk_sel;
            gen3       <= gen3;
            rate_out   <= rate_out;
            drp_start       <= 1'd0;
            drp_x16x20_mode <= 1'd0;
            drp_x16         <= 1'd0;
            end      
            
        //---------- Reset Override Start ------------------
        FSM_RESETOVRD_START:
        
            begin
            fsm        <= (!resetovrd_done_reg2 ? FSM_RESETOVRD_DONE : FSM_RESETOVRD_START);    
            gen3_exit  <= gen3_exit;
            cpllpd     <= cpllpd;
            qpllpd     <= qpllpd;
            cpllreset  <= cpllreset;
            qpllreset  <= qpllreset;
            txpmareset <= txpmareset;
            rxpmareset <= rxpmareset;
            sysclksel  <= sysclksel;
            pclk_sel   <= pclk_sel;
            gen3       <= gen3;
            rate_out   <= rate_out;
            drp_start       <= 1'd0;
            drp_x16x20_mode <= 1'd0;
            drp_x16         <= 1'd0;
            end
            
        //---------- Reset Override Done -------------------
        FSM_RESETOVRD_DONE :
        
            begin
            fsm        <= (resetovrd_done_reg2 ? FSM_PLL_PDRESET : FSM_RESETOVRD_DONE);
            gen3_exit  <= gen3_exit;
            cpllpd     <= cpllpd;
            qpllpd     <= qpllpd;
            cpllreset  <= cpllreset;
            qpllreset  <= qpllreset;
            txpmareset <= txpmareset;
            rxpmareset <= rxpmareset;
            sysclksel  <= sysclksel;
            pclk_sel   <= pclk_sel;
            gen3       <= gen3;
            rate_out   <= rate_out;
            drp_start       <= 1'd0;
            drp_x16x20_mode <= 1'd0;
            drp_x16         <= 1'd0;
            end  
                
        //---------- Hold PLL Not Used in Reset ------------
        FSM_PLL_PDRESET :
        
            begin
            fsm        <= FSM_PLL_PD;
            gen3_exit  <= gen3_exit;
            cpllpd     <= cpllpd;
            qpllpd     <= qpllpd;
            cpllreset  <= (PCIE_PLL_SEL == "QPLL") ? 1'd1 : (rate_in_reg2 == 2'd2);
            qpllreset  <= (PCIE_PLL_SEL == "QPLL") ? 1'd0 : (rate_in_reg2 != 2'd2);
            txpmareset <= txpmareset;
            rxpmareset <= rxpmareset;
            sysclksel  <= sysclksel;
            pclk_sel   <= pclk_sel;
            gen3       <= gen3;
            rate_out   <= rate_out;
            drp_start       <= 1'd0;
            drp_x16x20_mode <= 1'd0;
            drp_x16         <= 1'd0;
            end    
            
        //---------- Power-Down PLL Not Used ---------------
        FSM_PLL_PD :
        
            begin
            fsm        <= (((rate_in_reg2 == 2'd2) || (PCIE_TXBUF_EN == "FALSE")) ? FSM_TXSYNC_START : FSM_DONE);
            gen3_exit  <= gen3_exit;
            cpllpd     <= (PCIE_PLL_SEL == "QPLL") ? 1'd1 : (rate_in_reg2 == 2'd2);
            qpllpd     <= (PCIE_PLL_SEL == "QPLL") ? 1'd0 : (rate_in_reg2 != 2'd2);
            cpllreset  <= cpllreset;
            qpllreset  <= qpllreset;
            txpmareset <= txpmareset;
            rxpmareset <= rxpmareset;
            sysclksel  <= sysclksel;
            pclk_sel   <= pclk_sel;
            gen3       <= gen3;
            rate_out   <= rate_out;
            drp_start       <= 1'd0;
            drp_x16x20_mode <= 1'd0;
            drp_x16         <= 1'd0;
            end         
            
        //---------- Start TX Sync -------------------------
        FSM_TXSYNC_START:
        
            begin
            fsm        <= (!txsync_done_reg2 ? FSM_TXSYNC_DONE : FSM_TXSYNC_START);
            gen3_exit  <= gen3_exit;
            cpllpd     <= cpllpd;
            qpllpd     <= qpllpd;
            cpllreset  <= cpllreset;
            qpllreset  <= qpllreset;
            txpmareset <= txpmareset;
            rxpmareset <= rxpmareset;
            sysclksel  <= sysclksel;
            pclk_sel   <= pclk_sel;
            gen3       <= gen3;
            rate_out   <= rate_out;
            drp_start       <= 1'd0;
            drp_x16x20_mode <= 1'd0;
            drp_x16         <= 1'd0;
            end
            
        //---------- Wait for TX Sync Done -----------------
        FSM_TXSYNC_DONE:
        
            begin
            fsm        <= (txsync_done_reg2 ? FSM_DONE : FSM_TXSYNC_DONE);
            gen3_exit  <= gen3_exit;
            cpllpd     <= cpllpd;
            qpllpd     <= qpllpd;
            cpllreset  <= cpllreset;
            qpllreset  <= qpllreset;
            txpmareset <= txpmareset;
            rxpmareset <= rxpmareset;
            sysclksel  <= sysclksel;
            pclk_sel   <= pclk_sel;
            gen3       <= gen3;
            rate_out   <= rate_out;
            drp_start       <= 1'd0;
            drp_x16x20_mode <= 1'd0;
            drp_x16         <= 1'd0;
            end        

        //---------- Rate Change Done ----------------------
        FSM_DONE :  
          
            begin  
            fsm        <= (((rate_in_reg2 == 2'd2) && (PCIE_RXBUF_EN == "FALSE") && (PCIE_ASYNC_EN == "TRUE")) ? FSM_RXSYNC_START : FSM_IDLE);
            gen3_exit  <= gen3_exit;
            cpllpd     <= cpllpd;
            qpllpd     <= qpllpd;
            cpllreset  <= cpllreset;
            qpllreset  <= qpllreset;
            txpmareset <= txpmareset;
            rxpmareset <= rxpmareset;
            sysclksel  <= sysclksel;
            pclk_sel   <= pclk_sel;
            gen3       <= gen3;
            rate_out   <= rate_out;
            drp_start       <= 1'd0;
            drp_x16x20_mode <= 1'd0;
            drp_x16         <= 1'd0;
            end
               
        //---------- Start RX Sync -------------------------
        FSM_RXSYNC_START:
        
            begin
            fsm        <= (!rxsync_done_reg2 ? FSM_RXSYNC_DONE : FSM_RXSYNC_START);
            gen3_exit  <= gen3_exit;
            cpllpd     <= cpllpd;
            qpllpd     <= qpllpd;
            cpllreset  <= cpllreset;
            qpllreset  <= qpllreset;
            txpmareset <= txpmareset;
            rxpmareset <= rxpmareset;
            sysclksel  <= sysclksel;
            pclk_sel   <= pclk_sel;
            gen3       <= gen3;
            rate_out   <= rate_out;
            drp_start       <= 1'd0;
            drp_x16x20_mode <= 1'd0;
            drp_x16         <= 1'd0;
            end
            
        //---------- Wait for RX Sync Done -----------------
        FSM_RXSYNC_DONE:
        
            begin          
            fsm        <= (rxsync_done_reg2 ? FSM_IDLE : FSM_RXSYNC_DONE);
            gen3_exit  <= gen3_exit;
            cpllpd     <= cpllpd;
            qpllpd     <= qpllpd;
            cpllreset  <= cpllreset;
            qpllreset  <= qpllreset;
            txpmareset <= txpmareset;
            rxpmareset <= rxpmareset;
            sysclksel  <= sysclksel;
            pclk_sel   <= pclk_sel;
            gen3       <= gen3;
            rate_out   <= rate_out;
            drp_start       <= 1'd0;
            drp_x16x20_mode <= 1'd0;
            drp_x16         <= 1'd0;
            end   
                
        //---------- Default State -------------------------
        default :
        
            begin
            fsm        <= FSM_IDLE;
            gen3_exit  <= 1'd0;
            cpllpd     <= 1'd0;
            qpllpd     <= 1'd0;
            cpllreset  <= 1'd0;
            qpllreset  <= 1'd0;
            txpmareset <= 1'd0;
            rxpmareset <= 1'd0;
            sysclksel  <= (PCIE_PLL_SEL == "QPLL") ? 2'd1 : 2'd0;                               
            pclk_sel   <= 1'd0; 
            gen3       <= 1'd0;
            rate_out   <= 3'd0;  
            drp_start       <= 1'd0;
            drp_x16x20_mode <= 1'd0;
            drp_x16         <= 1'd0;
            end

        endcase
        
        end
        
end 



//---------- PIPE Rate Output --------------------------------------------------
assign RATE_CPLLPD          = ((PCIE_POWER_SAVING == "FALSE") ? 1'd0 : cpllpd);
assign RATE_QPLLPD          = ((PCIE_POWER_SAVING == "FALSE") ? 1'd0 : qpllpd);
assign RATE_CPLLRESET       = ((PCIE_POWER_SAVING == "FALSE") ? 1'd0 : cpllreset);
assign RATE_QPLLRESET       = ((PCIE_POWER_SAVING == "FALSE") ? 1'd0 : qpllreset);
assign RATE_TXPMARESET      = txpmareset;
assign RATE_RXPMARESET      = rxpmareset;
assign RATE_SYSCLKSEL       = sysclksel;

//assign RATE_DRP_START       = (fsm == FSM_DRP_START) || (fsm == FSM_DRP_X16_GEN3_START) || (fsm == FSM_DRP_X16_START) || (fsm == FSM_DRP_X20_START); 
  assign RATE_DRP_START       = drp_start;

//assign RATE_DRP_X16X20_MODE = (fsm == FSM_DRP_X16_GEN3_START) || (fsm == FSM_DRP_X16_GEN3_DONE) ||
//                              (fsm == FSM_DRP_X16_START)      || (fsm == FSM_DRP_X16_DONE) || 
//                              (fsm == FSM_DRP_X20_START)      || (fsm == FSM_DRP_X20_DONE);
  assign RATE_DRP_X16X20_MODE = drp_x16x20_mode;

//assign RATE_DRP_X16         = (fsm == FSM_DRP_X16_GEN3_START) || (fsm == FSM_DRP_X16_GEN3_DONE) ||
//                              (fsm == FSM_DRP_X16_START)      || (fsm == FSM_DRP_X16_DONE);
  assign RATE_DRP_X16         = drp_x16;  
                          
assign RATE_PCLK_SEL        = pclk_sel;
assign RATE_GEN3            = gen3;
assign RATE_RATE_OUT        = rate_out;
assign RATE_RESETOVRD_START = (fsm == FSM_RESETOVRD_START);
assign RATE_TXSYNC_START    = (fsm == FSM_TXSYNC_START);
assign RATE_DONE            = (fsm == FSM_DONE);
assign RATE_RXSYNC_START    = (fsm == FSM_RXSYNC_START);
assign RATE_RXSYNC          = ((fsm == FSM_RXSYNC_START) || (fsm == FSM_RXSYNC_DONE));
assign RATE_IDLE            = (fsm == FSM_IDLE);
assign RATE_FSM             = fsm;   



endmodule